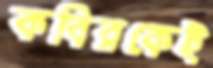
কবিরকেই